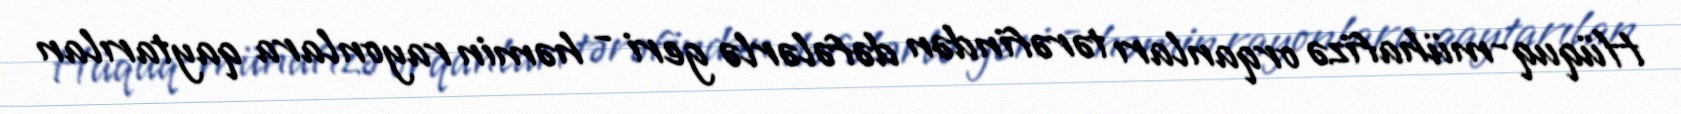
Hüquq-mühafizə orqanları tərəfindən dəfələrlə geri - həmin rayonlara qaytarılan